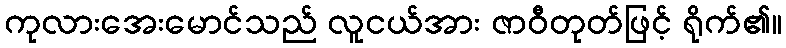
ကုလားအေးမောင်သည် လူငယ်အား ဇာဝီတုတ်ဖြင့် ရိုက်၏။